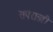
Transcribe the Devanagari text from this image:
सपंराज्ञी